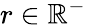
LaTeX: r\in\mathbb{R}^{-}